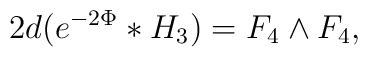
2d(e^{-2\Phi}*H_3)=F_4 \wedge F_4,